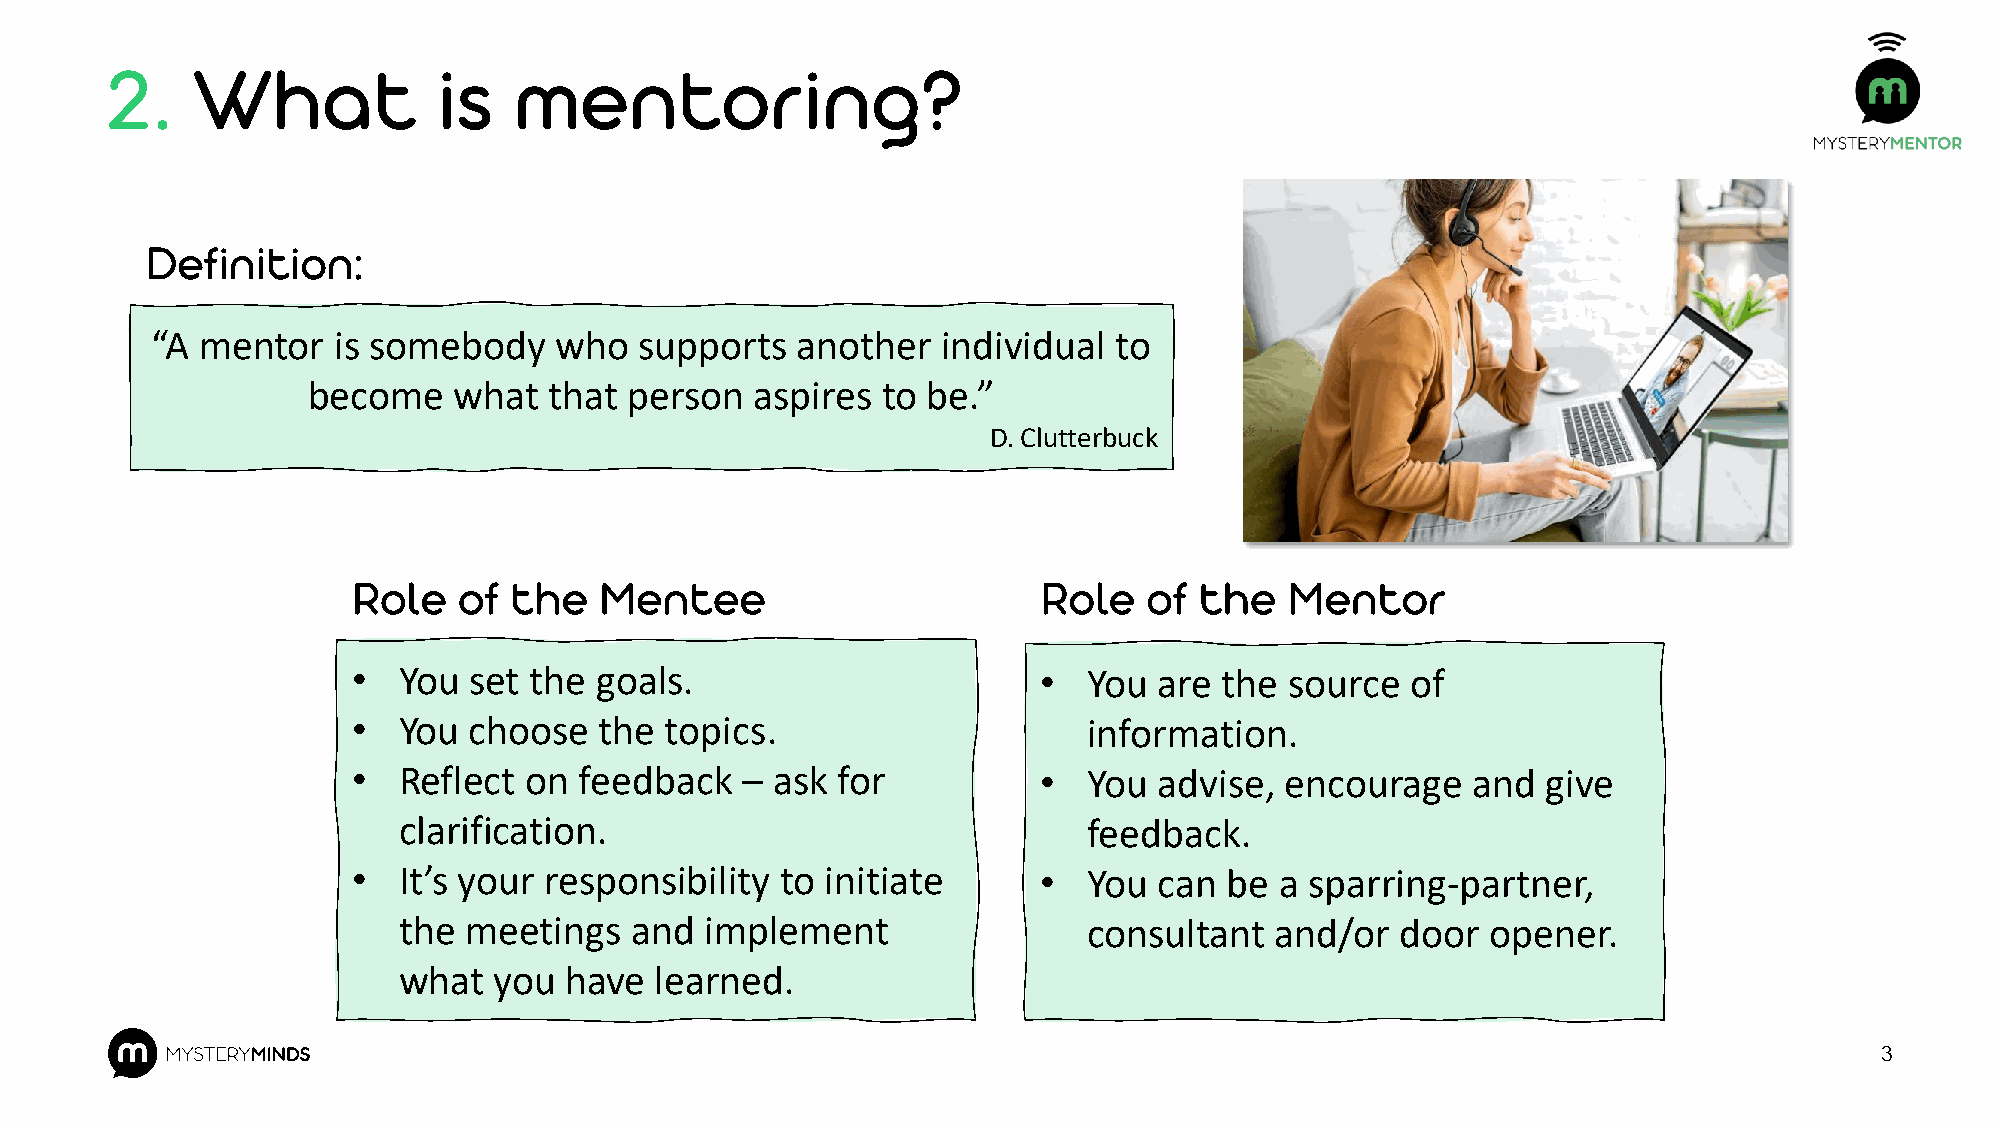
2.    What            is   mentoring?
 Definition:
 “A mentor   is somebody    who  supports   another  individual  to
 become    what  that  person  aspires to be.”
 D. Clutterbuck
 Role   of  the   Mentee                       Role   of the   Mentor
 •  You  set the goals.                        •  You  are the source  of
 •  You  choose   the topics.                     information.
 •  Reflect  on feedback   – ask for           •  You  advise, encourage   and  give
 clarification.                                feedback.
 •  It’s your responsibility  to initiate      •  You  can be  a sparring-partner,
 the  meetings   and  implement                consultant  and/or   door  opener.
 what   you have  learned.
 3